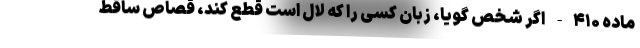
ماده ۴۱۰- اگر شخص گویا، زبان کسی را که لال است قطع کند، قصاص ساقط